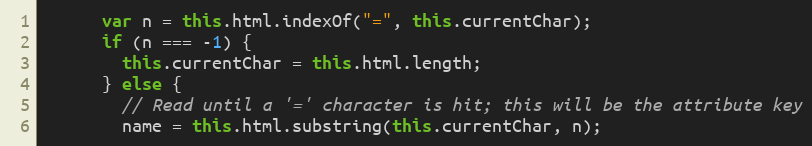
Language: JavaScript
      var n = this.html.indexOf("=", this.currentChar);
      if (n === -1) {
        this.currentChar = this.html.length;
      } else {
        // Read until a '=' character is hit; this will be the attribute key
        name = this.html.substring(this.currentChar, n);